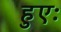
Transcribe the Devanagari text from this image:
हुएः